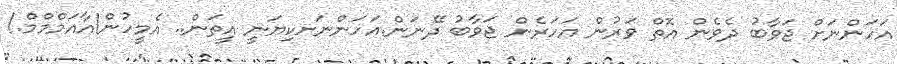
އަހަންނަށް ޖަވާބު ދެވެން އޮތް ވަރުން އަހަރެން ޖަވާބު ދޭނަން.އަހަންނަށކިޔަނީ އީތަން.. އެމީހުން!އާއަމްމްމް.!